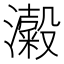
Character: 𭳜